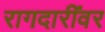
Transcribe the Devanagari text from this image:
रागदारींवर